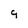
Character: g